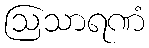
ဩသာရဏံ